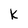
Character: k